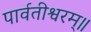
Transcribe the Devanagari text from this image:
पार्वतीश्वरम्॥